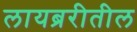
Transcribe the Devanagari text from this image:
लायब्ररीतील